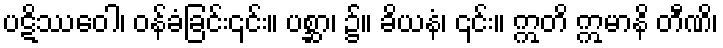
ပဋိဿဝေါ၊ ဝန်ခံခြင်း၎င်း။ ပစ္ဆာ၊ ၌။ ခိယနံ၊ ၎င်း။ ဣတိ ဣမာနိ တီဏိ၊